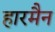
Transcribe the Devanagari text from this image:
हारमैन